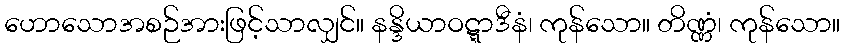
ဟောသောအစဉ်အားဖြင့်သာလျှင်။ နန္ဒိယာဝဋ္ဋာဒီနံ၊ ကုန်သော။ တိဏ္ဏံ၊ ကုန်သော။